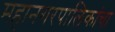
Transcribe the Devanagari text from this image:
महानगरपालिकांचा